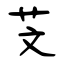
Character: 芠